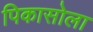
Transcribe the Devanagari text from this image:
पिकासोला